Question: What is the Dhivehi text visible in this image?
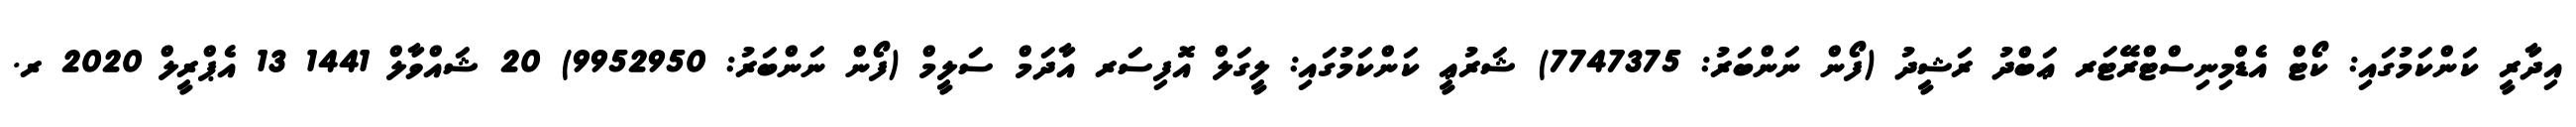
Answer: އިދާރީ ކަންކަމުގައި: ކޯޓް އެޑްމިނިސްޓްރޭޓަރ ޢަބްދު ރަޝީދު (ފޯން ނަންބަރު: 7747375) ޝަރުޢީ ކަންކަމުގައި: ލީގަލް އޮފިސަރ އާދަމް ސަލީމް (ފޯން ނަންބަރު: 9952950) 20 ޝައްވާލް 1441 13 އެޕްރީލް 2020 ރ.